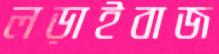
লড়াইবাজ